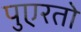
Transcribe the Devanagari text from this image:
पुएरतो